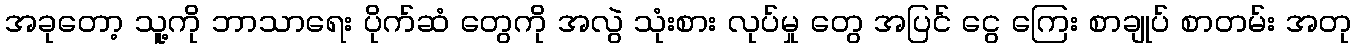
အခုတော့ သူ့ကို ဘာသာရေး ပိုက်ဆံ တွေကို အလွဲ သုံးစား လုပ်မှု တွေ အပြင် ငွေ ကြေး စာချုပ် စာတမ်း အတု